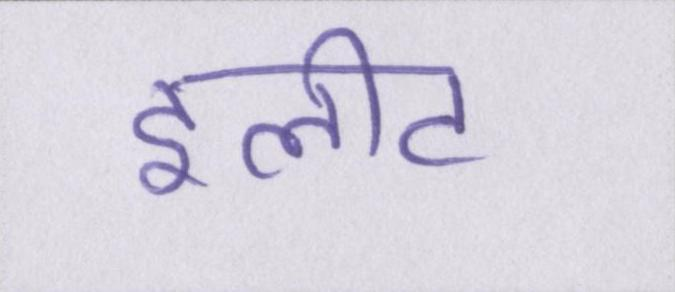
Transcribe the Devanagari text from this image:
इलीट